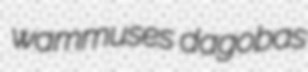
wammuses dagobas